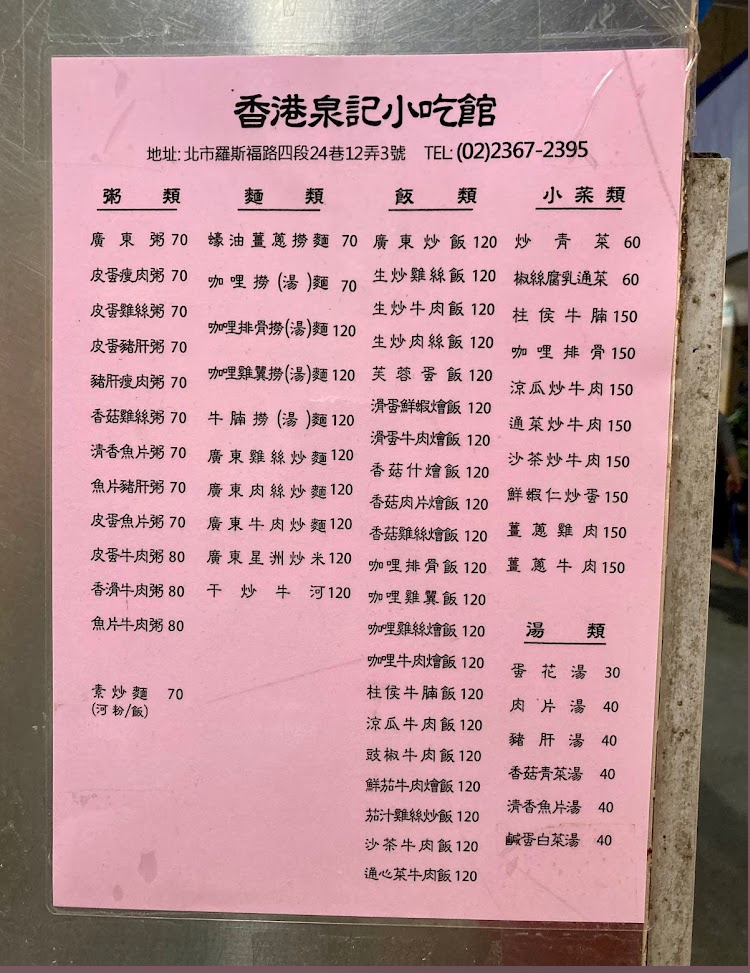
餐廳：香港泉記小吃館
地址：北市羅斯福路四段24巷12弄3號
電話：(02)2367-2395
菜單：
name: 廣東粥
price: 70
name: 皮蛋瘦肉粥
price: 70
name: 皮蛋雞絲粥
price: 70
name: 皮蛋豬肝粥
price: 70
name: 豬肝瘦肉粥
price: 70
name: 香菇雞絲粥
price: 70
name: 清香魚片粥
price: 70
name: 魚片豬肝粥
price: 70
name: 皮蛋魚片粥
price: 70
name: 皮蛋牛肉粥
price: 80
name: 香滑牛肉粥
price: 80
name: 魚片牛肉粥
price: 80
name: 素炒麵(河粉/飯)
price: 70
name: 蠔油薑蔥撈麵
price: 70
name: 咖哩撈(湯)麵
price: 70
name: 咖哩排骨撈(湯)麵
price: 120
name: 牛腩撈(湯)麵
price: 120
name: 廣東雞絲炒麵
price: 120
name: 廣東肉絲炒麵
price: 120
name: 廣東牛肉炒麵
price: 120
name: 廣東星洲炒米
price: 120
name: 干炒牛河
price: 120
name: 廣東炒飯
price: 120
name: 炒青菜
price: 60
name: 生炒雞絲飯
price: 120
name: 椒絲腐乳通菜
price: 60
name: 生炒牛肉飯
price: 120
name: 柱侯牛腩
price: 150
name: 生炒肉絲飯
price: 120
name: 咖哩排骨
price: 150
name: 咖哩雞翼撈(湯)麵
price: 120
name: 芙蓉蛋飯
price: 120
name: 涼瓜炒牛肉
price: 150
name: 滑蛋鮮蝦燴飯
price: 120
name: 通菜炒牛肉
price: 150
name: 滑蛋牛肉燴飯
price: 120
name: 沙茶炒牛肉
price: 150
name: 香菇什燴飯
price: 120
name: 香菇肉片燴飯
price: 120
name: 鮮蝦仁炒蛋
price: 150
name: 香菇雞絲燴飯
price: 120
name: 薑蔥雞肉
price: 150
name: 咖哩排骨飯
price: 120
name: 薑蔥牛肉
price: 150
name: 咖哩雞翼飯
price: 120
name: 咖哩雞絲燴飯
price: 120
name: 咖哩牛肉燴飯
price: 120
name: 柱侯牛腩飯
price: 120
name: 涼瓜牛肉飯
price: 120
name: 豉椒牛肉飯
price: 120
name: 鮮茄牛肉燴飯
price: 120
name: 茄汁雞絲炒飯
price: 120
name: 沙茶牛肉飯
price: 120
name: 通心菜牛肉飯
price: 120
name: 蛋花湯
price: 30
name: 肉片湯
price: 40
name: 豬肝湯
price: 40
name: 香菇青菜湯
price: 40
name: 清香魚片湯
price: 40
name: 鹹蛋白菜湯
price: 40